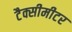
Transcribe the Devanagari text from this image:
टैक्सीमीटर